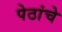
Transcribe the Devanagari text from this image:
पेठांचे